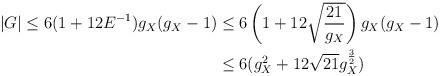
LaTeX: \begin{align*}|G|\leq 6(1+12E^{-1})g_X(g_X-1)&\leq 6\left(1+12\sqrt{\frac{21}{g_X}}\right)g_X(g_X-1) \\\ &\leq 6(g_X^2 +12\sqrt{21}g_X^{\frac{3}{2}}) \end{align*}